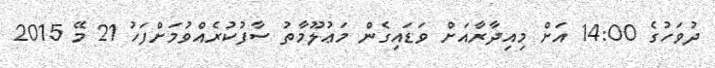
ދުވަހުގެ 14:00 އަށް މިއިދާރާއަށް ވަޑައިގެން މަޢުލޫމާތު ސާފުކުރެއްވުމަށްފަހު 21 މޭ 2015